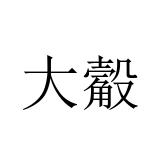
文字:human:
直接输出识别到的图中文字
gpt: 大觳